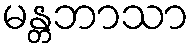
မန္တဘာသာ